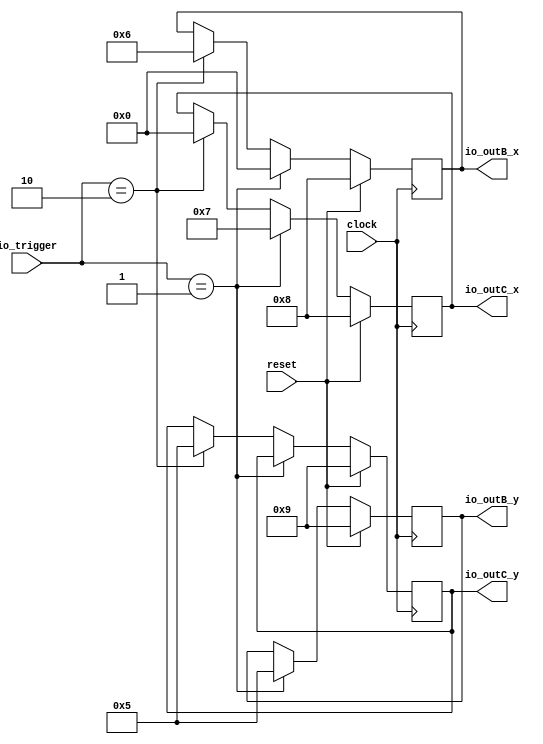
module UseMyBundle( // @[:@3.2]
  input        clock, // @[:@4.4]
  input        reset, // @[:@5.4]
  input  [1:0] io_trigger, // @[:@6.4]
  output [7:0] io_outB_x, // @[:@6.4]
  output [7:0] io_outB_y, // @[:@6.4]
  output [7:0] io_outC_x, // @[:@6.4]
  output [7:0] io_outC_y // @[:@6.4]
);
`ifdef RANDOMIZE_REG_INIT
  reg [31:0] _RAND_0;
  reg [31:0] _RAND_1;
  reg [31:0] _RAND_2;
  reg [31:0] _RAND_3;
`endif // RANDOMIZE_REG_INIT
  reg [7:0] regB_x; // @[BundleInitSpec.scala 63:21:@15.4]
  reg [7:0] regB_y; // @[BundleInitSpec.scala 63:21:@15.4]
  reg [7:0] regC_x; // @[BundleInitSpec.scala 64:21:@20.4]
  reg [7:0] regC_y; // @[BundleInitSpec.scala 64:21:@20.4]
  wire  _T_16 = io_trigger == 2'h1; // @[BundleInitSpec.scala 66:20:@21.4]
  wire  _T_24 = io_trigger == 2'h2; // @[BundleInitSpec.scala 69:25:@37.6]
  assign io_outB_x = regB_x;
  assign io_outB_y = regB_y;
  assign io_outC_x = regC_x;
  assign io_outC_y = regC_y;
  always @(posedge clock) begin
    if (reset) begin
      regB_x <= 8'h8;
    end else if (_T_16) begin // @[BundleInitSpec.scala 66:29:@22.4]
      regB_x <= 8'h0;
    end else if (_T_24) begin // @[BundleInitSpec.scala 69:34:@38.6]
      regB_x <= 8'h6;
    end
    if (reset) begin
      regB_y <= 8'h9;
    end else if (_T_16) begin // @[BundleInitSpec.scala 66:29:@22.4]
      regB_y <= 8'h5;
    end
    if (reset) begin
      regC_x <= 8'h8;
    end else if (_T_16) begin // @[BundleInitSpec.scala 66:29:@22.4]
      regC_x <= 8'h7;
    end else if (_T_24) begin // @[BundleInitSpec.scala 69:34:@38.6]
      regC_x <= 8'h0;
    end
    if (reset) begin
      regC_y <= 8'h9;
    end else if (!(_T_16)) begin // @[BundleInitSpec.scala 66:29:@22.4]
      if (_T_24) begin // @[BundleInitSpec.scala 69:34:@38.6]
        regC_y <= 8'h5;
      end
    end
  end
// Register and memory initialization
`ifdef RANDOMIZE_GARBAGE_ASSIGN
`define RANDOMIZE
`endif
`ifdef RANDOMIZE_INVALID_ASSIGN
`define RANDOMIZE
`endif
`ifdef RANDOMIZE_REG_INIT
`define RANDOMIZE
`endif
`ifdef RANDOMIZE_MEM_INIT
`define RANDOMIZE
`endif
`ifndef RANDOM
`define RANDOM $random
`endif
`ifdef RANDOMIZE_MEM_INIT
  integer initvar;
`endif
`ifndef SYNTHESIS
`ifdef FIRRTL_BEFORE_INITIAL
`FIRRTL_BEFORE_INITIAL
`endif
initial begin
  `ifdef RANDOMIZE
    `ifdef INIT_RANDOM
      `INIT_RANDOM
    `endif
    `ifndef VERILATOR
      `ifdef RANDOMIZE_DELAY
        #`RANDOMIZE_DELAY begin end
      `else
        #0.002 begin end
      `endif
    `endif
`ifdef RANDOMIZE_REG_INIT
  _RAND_0 = {1{`RANDOM}};
  regB_x = _RAND_0[7:0];
  _RAND_1 = {1{`RANDOM}};
  regB_y = _RAND_1[7:0];
  _RAND_2 = {1{`RANDOM}};
  regC_x = _RAND_2[7:0];
  _RAND_3 = {1{`RANDOM}};
  regC_y = _RAND_3[7:0];
`endif // RANDOMIZE_REG_INIT
  `endif // RANDOMIZE
end // initial
`ifdef FIRRTL_AFTER_INITIAL
`FIRRTL_AFTER_INITIAL
`endif
`endif // SYNTHESIS
endmodule